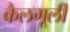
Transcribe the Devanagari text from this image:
कैलगूर्ली